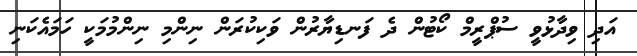
އަދި ވިދާޅުވީ ސުޕްރީމް ކޯޓުން ދެ ފަނޑިޔާރުން ވަކިކުރަން ނިންމި ނިންމުމަކީ ހަމައެކަނި